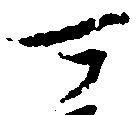
可